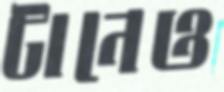
টানেও